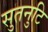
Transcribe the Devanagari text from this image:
सुतनुटि